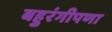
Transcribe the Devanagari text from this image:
बहुरंगीपणा